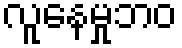
လူနေမှုဘဝ